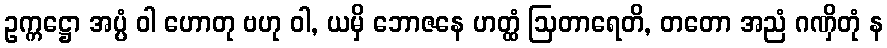
ဥက္ကဋ္ဌော အပ္ပံ ဝါ ဟောတု ဗဟု ဝါ, ယမှိ ဘောဇနေ ဟတ္ထံ ဩတာရေတိ, တတော အညံ ဂဏှိတုံ န